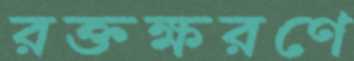
রক্তক্ষরণে